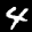
Digit: 4